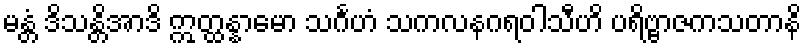
မန္တံ ဒိသန္တိအာဒိ ဣတ္ထန္နာမော သင်္ဂဟံ သကလနဂရဝါသီဟိ ပရိဗ္ဗာဇကသတာနိ